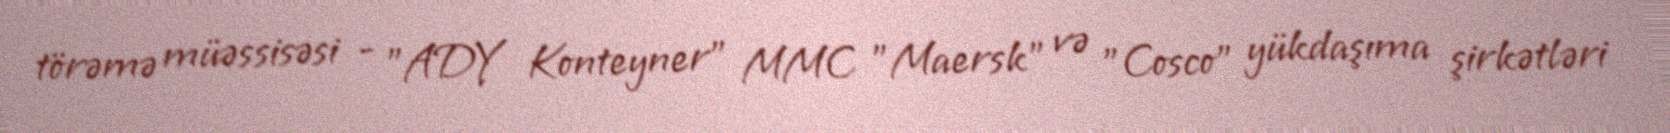
törəmə müəssisəsi - "ADY Konteyner” MMC "Maersk" və "Cosco" yükdaşıma şirkətləri